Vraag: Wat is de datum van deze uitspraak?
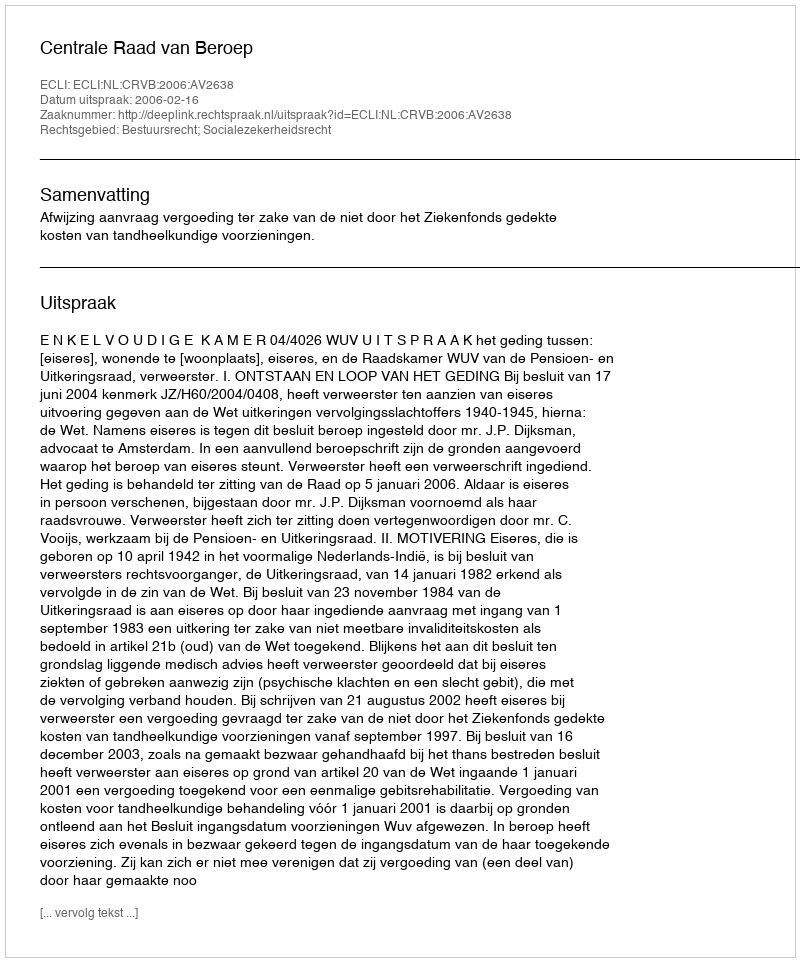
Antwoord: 2006-02-16